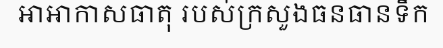
អាអាកាសធាតុ របស់ក្រសួងធនធានទឹក